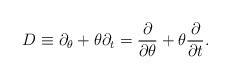
\begin{align*}D \equiv \partial_\theta + \theta \partial_t = \frac{\partial}{\partial \theta} + \theta \frac{\partial} {\partial t}.\end{align*}